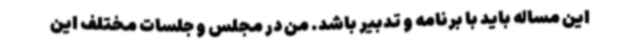
این مساله باید با برنامه و تدبیر باشد. من در مجلس و جلسات مختلف این